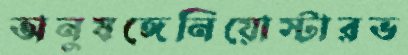
অনুষঙ্গেনিয়োস্টারভ